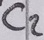
Text: C2